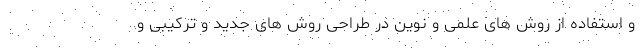
و استفاده از روش های علمی و نوین در طراحی روش های جدید و ترکیبی و